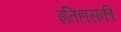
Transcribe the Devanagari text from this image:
इतिहासकी